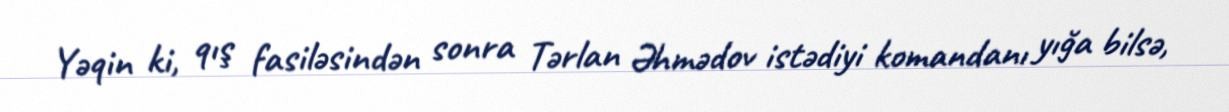
Yəqin ki, qış fasiləsindən sonra Tərlan Əhmədov istədiyi komandanı yığa bilsə,